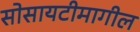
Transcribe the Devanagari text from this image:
सोसायटीमागील